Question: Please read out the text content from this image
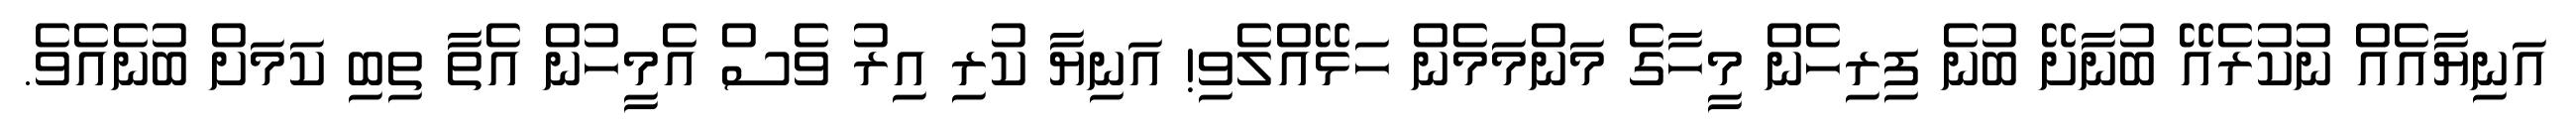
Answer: އަނިޔާއެއް ނުކުރެއޭ ބުނާށޭ ބުނެ ފިރިހެން މީހާގެ މަންމަމެން ހަޅޭއްލެވި! އަނިޔާ ކުރި އިރު ވެސް އެމީހުން އެތާ ތިބި ކަމަށް ބުނެއެވެ.